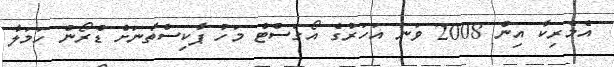
އެމެރިކާ އިން 2008 ވަނަ އަހަރުގެ އޯގަސްޓް މަހު ޕާކިސްތާނަށް ޑްރޯން ހަމަލާ